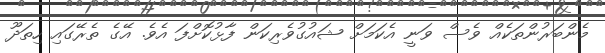
މެންބަރުންތަކެއް ވެސް ވަނީ އެކަމަށް ޝައުގުވެރިކަން ފާޅުކޮށްފަ އެވެ. އޭގެ ތެރޭގައި ހިތަދޫ